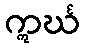
ဣင်္ဃ